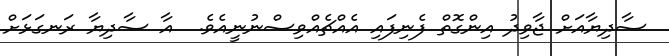
ސާދިޔާއަށް ޖާވިދު އިންގޮތް ފެނިފައި އެއްޗެއްވިސްނުނީއެވެ.  އާ ސާދިޔާ ރަނގަޅަށް